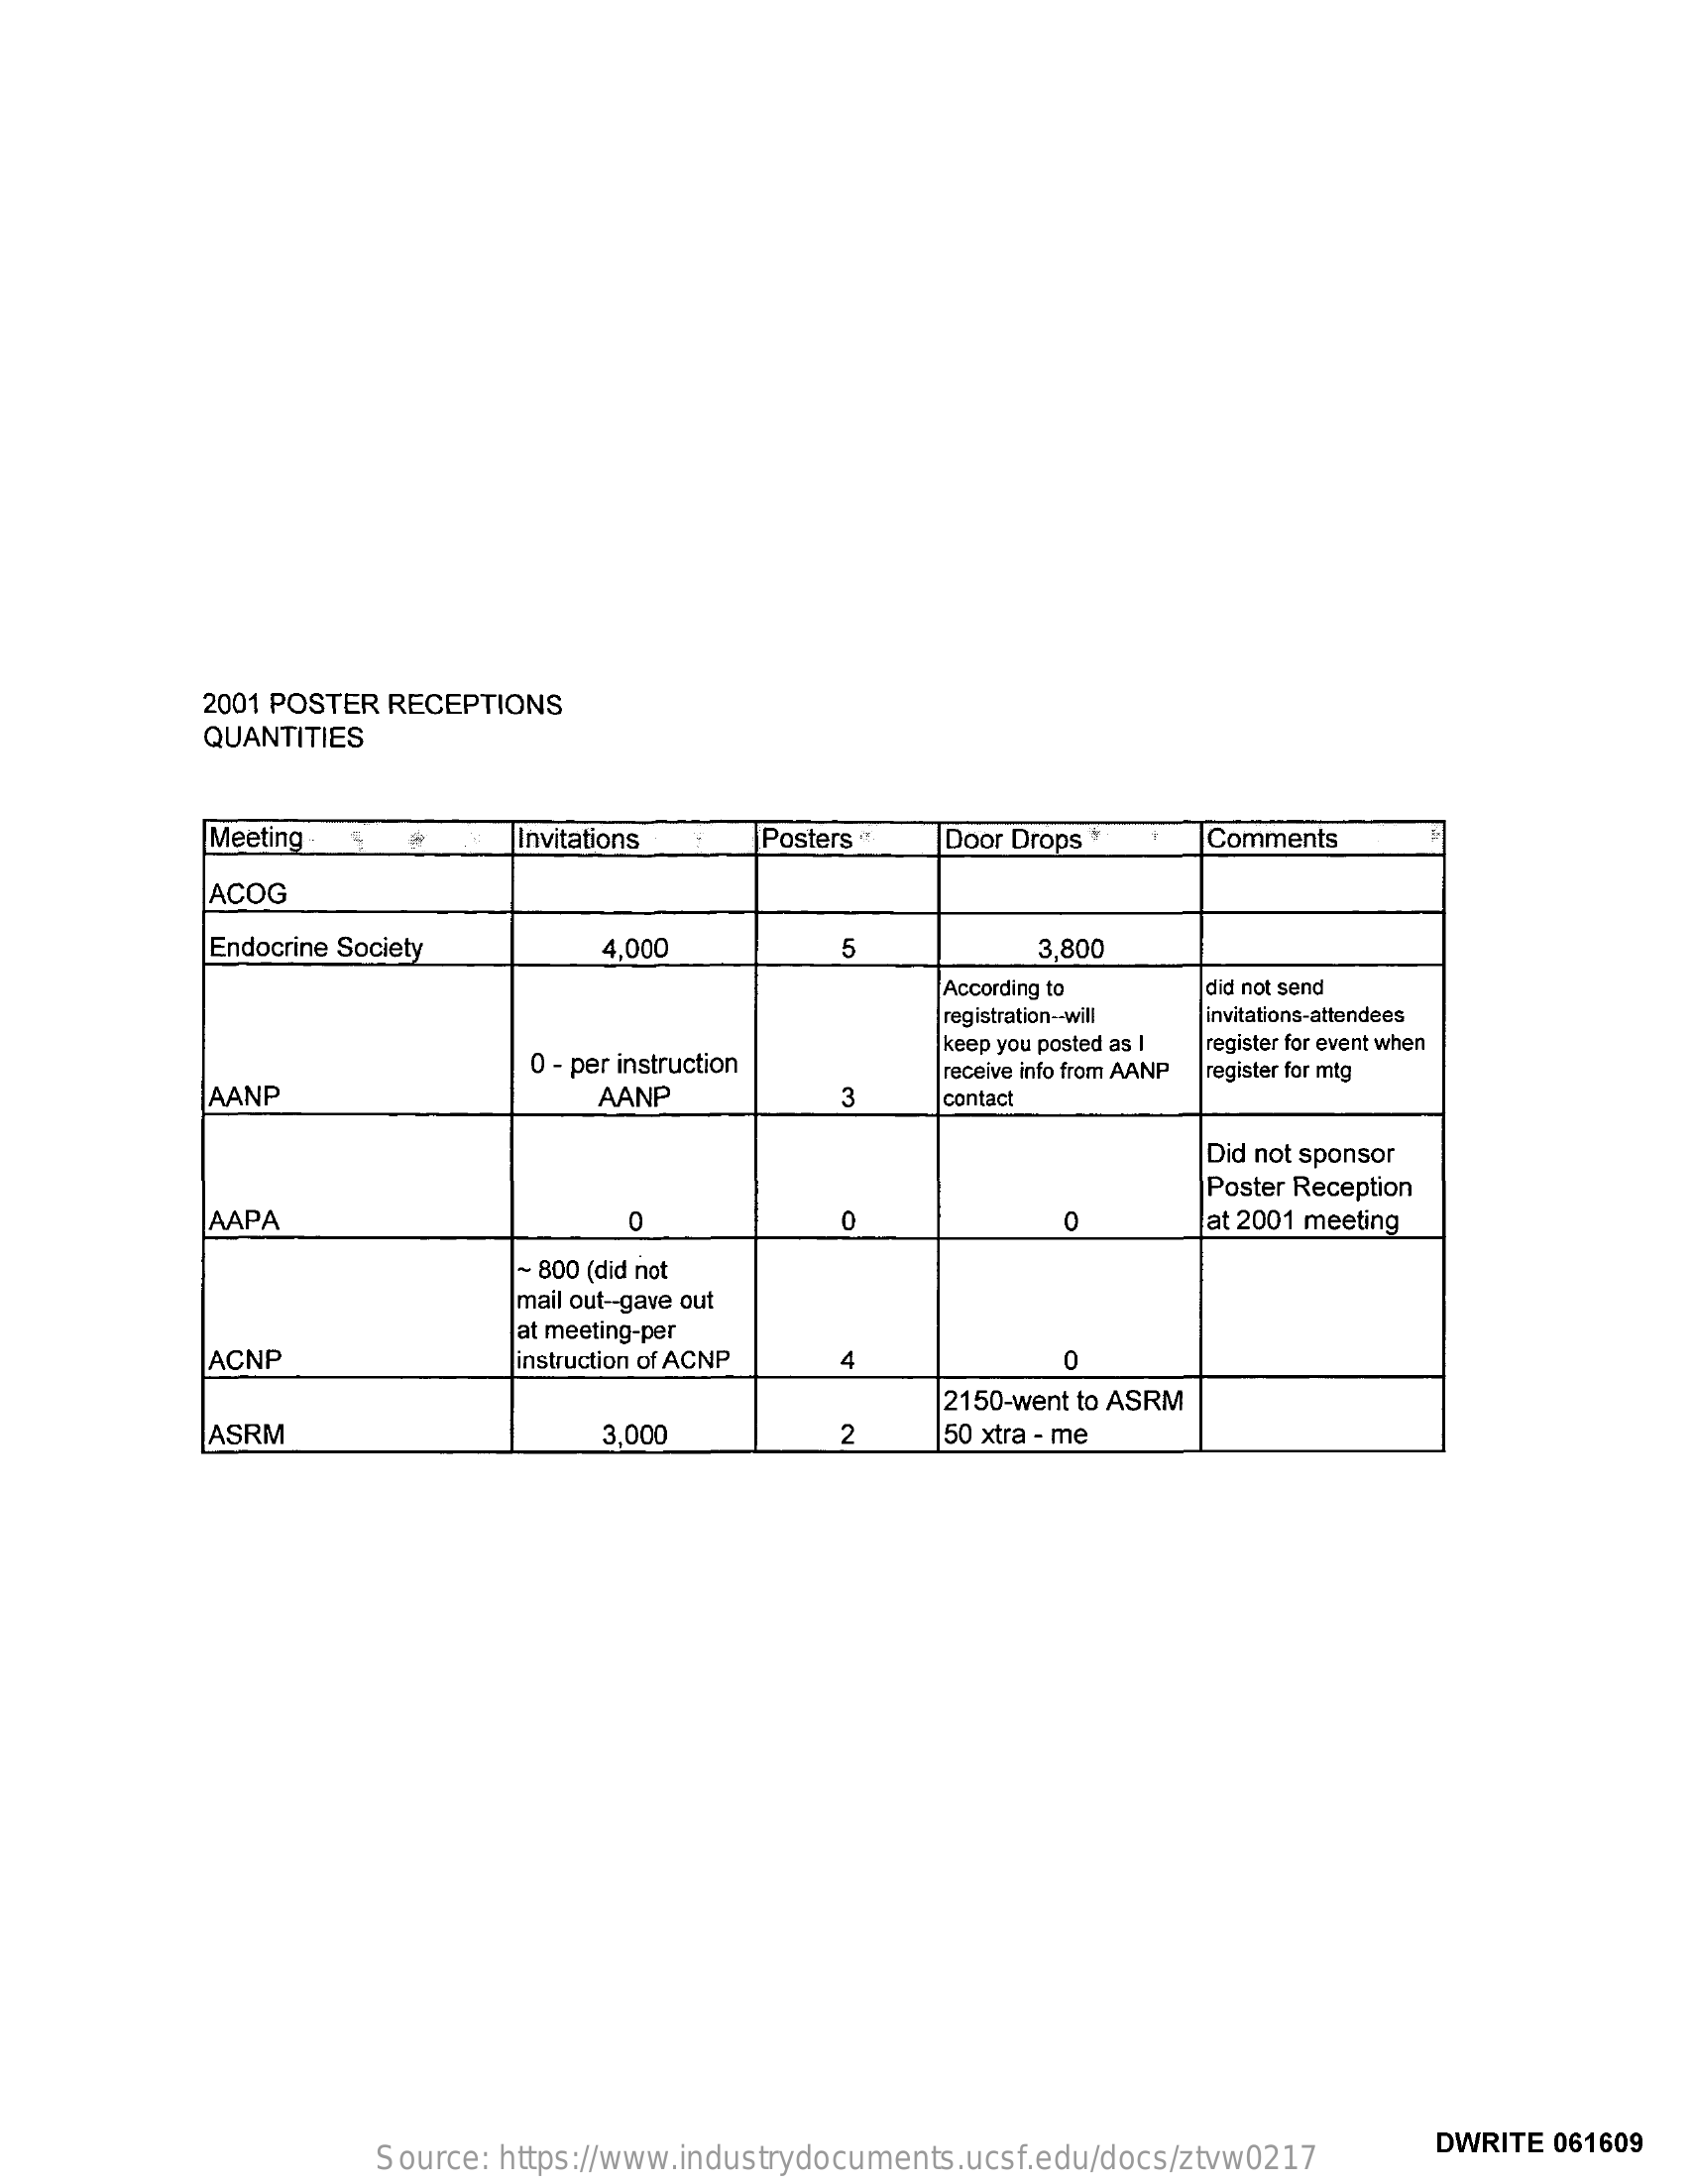
2001 POSTER RECEPTIONS
     QUANTITIES
     Meeting    Invitations    Posters **  Door Drops +    Comments
     ACOG
     Endocrine Society    4.000    3,800
     According to    did not send
     registration -- will invitations-attendees
     0 - per instruction
     keep you posted as I register for event when
     AANP    AANP
     receive info from AANP register for mtg
     3    contact
     Did not sponsor
     Poster Reception
     AAPA    0    0    0    at 2001 meeting
     ~ 800 (did not
     mail out -- gave out
     at meeting-per
     ACNP    instruction of ACNP 4    0
     2150-went to ASRM
     ASRM    3,000    2    50 xtra - me
     Source: https://www.industrydocuments.ucsf.edu/docs/ztvw0217
     DWRITE 061609